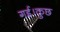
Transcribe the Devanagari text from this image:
गई।कुछ